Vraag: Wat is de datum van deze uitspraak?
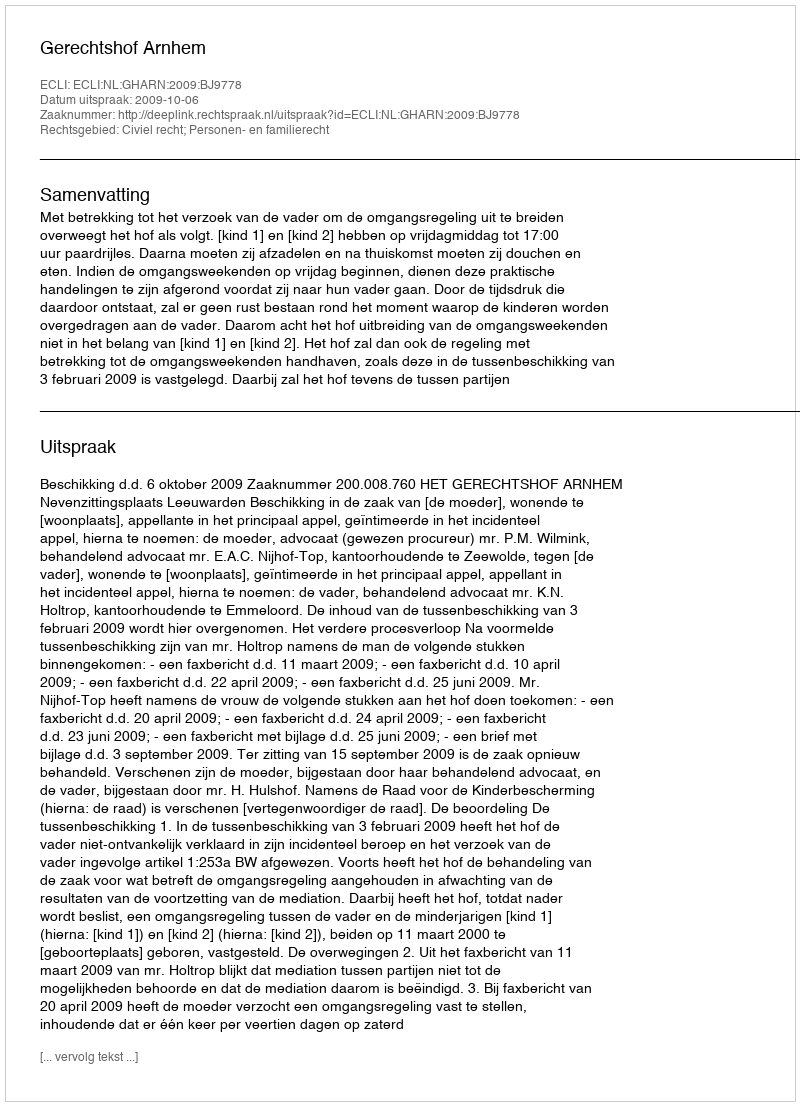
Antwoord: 2009-10-06